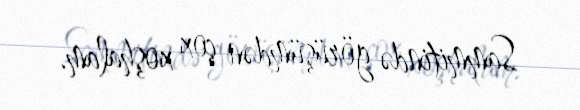
Sammitində görüşümdən çox xoşhalam.